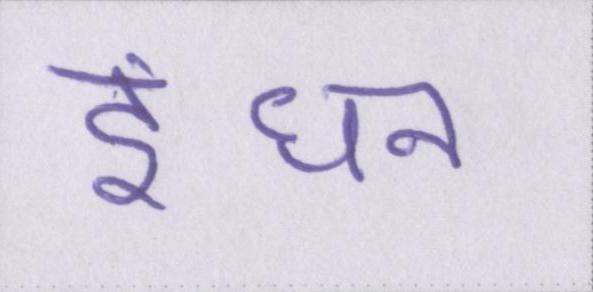
इंधन